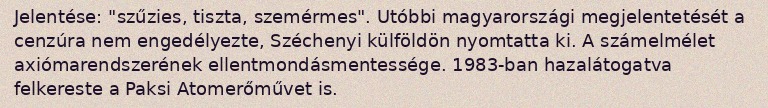
Jelentése: "szűzies, tiszta, szemérmes". Utóbbi magyarországi megjelentetését a cenzúra nem engedélyezte, Széchenyi külföldön nyomtatta ki. A számelmélet axiómarendszerének ellentmondásmentessége. 1983-ban hazalátogatva felkereste a Paksi Atomerőművet is.